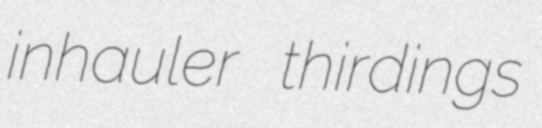
inhauler thirdings